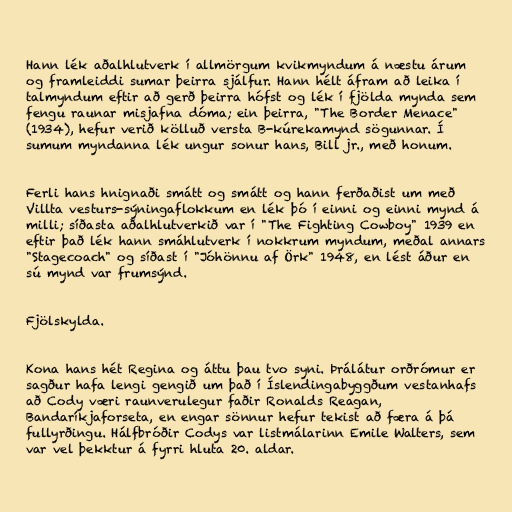
Hann lék aðalhlutverk í allmörgum kvikmyndum á næstu árum
og framleiddi sumar þeirra sjálfur. Hann hélt áfram að leika í
talmyndum eftir að gerð þeirra hófst og lék í fjölda mynda sem
fengu raunar misjafna dóma; ein þeirra, "The Border Menace"
(1934), hefur verið kölluð versta B-kúrekamynd sögunnar. Í
sumum myndanna lék ungur sonur hans, Bill jr., með honum.

Ferli hans hnignaði smátt og smátt og hann ferðaðist um með
Villta vesturs-sýningaflokkum en lék þó í einni og einni mynd á
milli; síðasta aðalhlutverkið var í "The Fighting Cowboy" 1939 en
eftir það lék hann smáhlutverk í nokkrum myndum, meðal annars
"Stagecoach" og síðast í "Jóhönnu af Örk" 1948, en lést áður en
sú mynd var frumsýnd.

Fjölskylda.

Kona hans hét Regina og áttu þau tvo syni. Þrálátur orðrómur er
sagður hafa lengi gengið um það í Íslendingabyggðum vestanhafs
að Cody væri raunverulegur faðir Ronalds Reagan,
Bandaríkjaforseta, en engar sönnur hefur tekist að færa á þá
fullyrðingu. Hálfbróðir Codys var listmálarinn Emile Walters, sem
var vel þekktur á fyrri hluta 20. aldar.